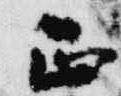
正